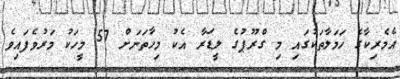
އެމެރިކާގެ ހަމަލާތަކުގައި މި ގްރޫޕުގެ ލީޑަރާ އެކު މިހާތަނަށް 57 މީހަކު މަރުވެފައިވެ